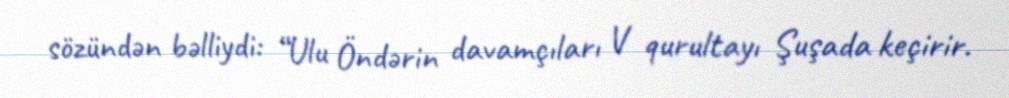
sözündən bəlliydi: “Ulu Öndərin davamçıları V qurultayı Şuşada keçirir.